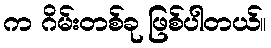
က ဂိမ်းတစ်ခု ဖြစ်ပါတယ်။